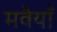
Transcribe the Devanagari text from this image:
मवैयाँ